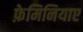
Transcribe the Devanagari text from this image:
फ़ेमिनियाए